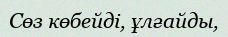
Сөз көбейді, ұлғайды,